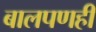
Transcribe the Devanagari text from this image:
बालपणही